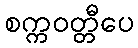
စက္ကဝတ္တီပေ